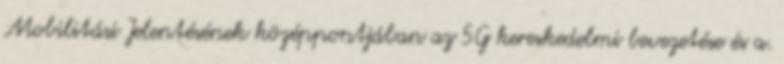
Mobilitási Jelentésének középpontjában az 5G kereskedelmi bevezetése és a.